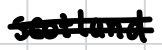
Text: Scotland.
Cross-out: double-line
Writing tool: digital_black